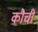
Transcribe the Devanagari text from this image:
कौची